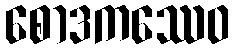
စောဒကဿေဝ